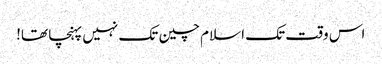
اس وقت تک اسلام چین تک نہیں پہنچا تھا!